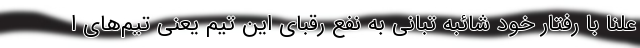
علنا با رفتار خود شائبه تبانی به نفع رقبای این تیم یعنی تیم‌های ا